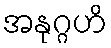
အနုဂ္ဂဟိ